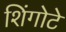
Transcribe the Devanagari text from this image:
शिंगोटे